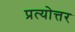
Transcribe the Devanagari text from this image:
प्रत्योत्तर